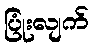
ပြုံးလျက်